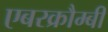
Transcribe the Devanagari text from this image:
एबरक्रौम्बी